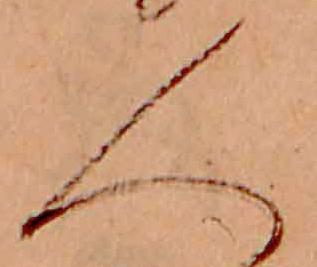
人